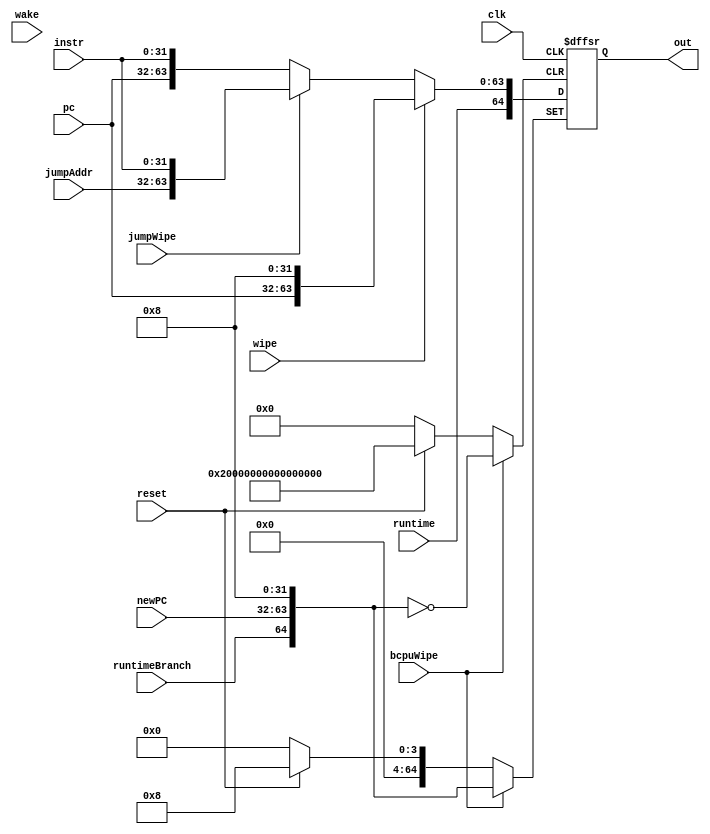
module FReg_extended(
	input [31:0]instr,	
	input [31:0]pc,
	input runtime,
	input runtimeBranch,
	input clk,
	input wake,
	input wipe,
	input jumpWipe,
	input bcpuWipe,
	input reset, 
	input [31:0]jumpAddr, //from BJComp, confusingly called newPC on upper level
	input [31:0]newPC, //from BranchCPU
	output reg [64:0]out);

	always @(negedge clk or posedge reset or posedge bcpuWipe) begin
		if(reset) begin
			out<={1'b0, 32'd0, 32'h00000008};//add $0, $0, $0
		end
		else if(bcpuWipe) begin
			out<={runtimeBranch, newPC, 32'h00000008};
		end
		else if(wipe==1) begin
			out<={runtime, pc, 32'h00000008};//add $0, $0, $0
		end
		else if(jumpWipe==1) begin
			out<={runtime, jumpAddr, instr};
		end
		else begin
			out<={runtime, pc, instr};
		end		
	end

endmodule